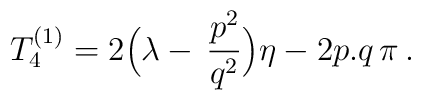
T_4^{(1)}=2\Bigl(\lambda-\,\frac{p^2}{q^2}\Bigr)\eta-2p.q\,\pi\,.